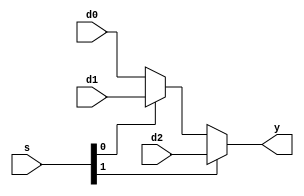
module mux_3_1_1 (
	input  [1:0 ] s,
	input         d0,
	input         d1,
	input         d2,
	output        y
);

// always @(*) begin
	// if (s == 2'b00) begin
		// y = d0; 
	// end
	// else if (s == 2'b01) begin
		// y = d1; 
	// end
	// else if (s == 2'b10) begin
		// y = d2; 
	// end
	// else begin
		// y = 1'bx; 
	// end
// end
// 
// always @(*) begin
	// case (s)
		// 2'b00: begin
			// y = d0;
		// end
		// 2'b01: begin
			// y = d1;
		// end
		// 2'b11: begin
			// y = d2;
		// end
		// default: y = 1'bx;		
	// endcase
// end

assign y = s [1] ? d2 : (s[0] ? d1 : d0);

endmodule